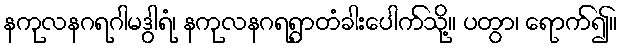
နကုလနဂရဂါမဒွါရံ၊ နကုလနဂရရွာတံခါးပေါက်သို့။ ပတွာ၊ ရောက်၍။